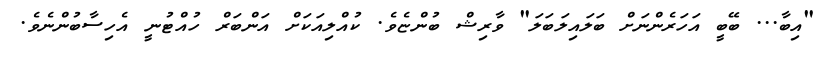
"އިބާ... ބޭބީ އަހަރެންނަށް ބަލައިލަބަލަ" ވާރިޝް ބުންޏެވެ. ކުއްލިއަކަށް އަންބަރް ހުއްޓުނީ އެހިސާބުންނެވެ.